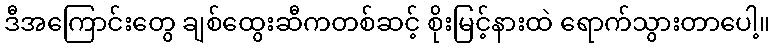
ဒီအကြောင်းတွေ ချစ်ထွေးဆီကတစ်ဆင့် စိုးမြင့်နားထဲ ရောက်သွားတာပေါ့။